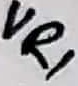
Text: VR1